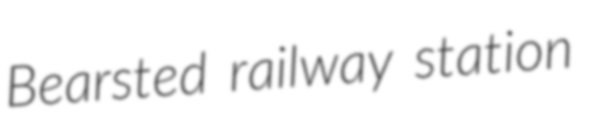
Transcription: Bearsted railway station